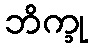
ဘိက္ခု